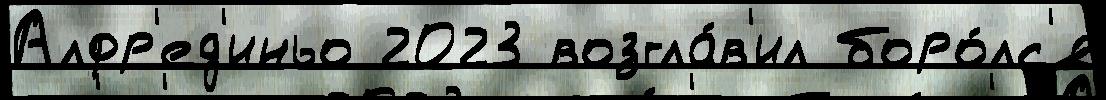
Алфр'ед'иньо 2023 возгла́в'ил боро́лс'я